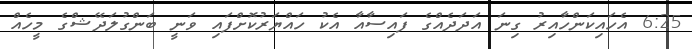
6:25 އެހައިކަންހާއިރު ގިނަ އަދަދެއްގެ ފައިސާއާ އެކު ހައްޔަރުކޮށްފައި ވަނީ ބަންގުލަދޭޝްގެ މީހެއް